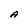
Character: A